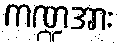
ကဏ္ဍအား